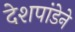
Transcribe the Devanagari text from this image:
देशपांडेने